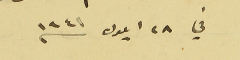
في ٢٨ ايلول سنه ١٩٤١